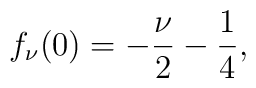
f_\nu (0)=-\frac \nu 2-\frac 14,